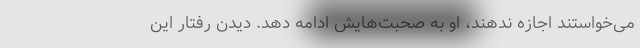
می‌خواستند اجازه ندهند، او به صحبت‌هایش ادامه دهد. دیدن رفتار این